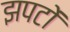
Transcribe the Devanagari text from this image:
झपटों